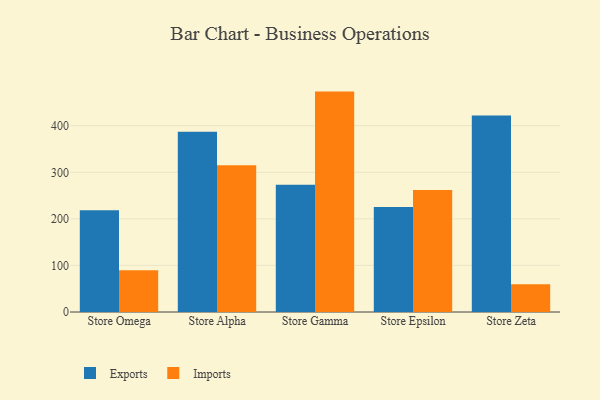
{"axis": {"x": "Store", "y": "Latency (ms)"}, "legend": ["Exports", "Imports"], "data": [{"x": "Store Omega", "y": 218.7, "type": "Exports"}, {"x": "Store Omega", "y": 89.8, "type": "Imports"}, {"x": "Store Alpha", "y": 386.9, "type": "Exports"}, {"x": "Store Alpha", "y": 315.0, "type": "Imports"}, {"x": "Store Gamma", "y": 273.3, "type": "Exports"}, {"x": "Store Gamma", "y": 473.3, "type": "Imports"}, {"x": "Store Epsilon", "y": 225.5, "type": "Exports"}, {"x": "Store Epsilon", "y": 261.8, "type": "Imports"}, {"x": "Store Zeta", "y": 422.2, "type": "Exports"}, {"x": "Store Zeta", "y": 59.7, "type": "Imports"}]}